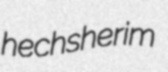
hechsherim